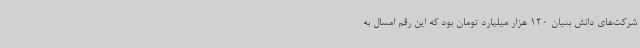
شرکت‌های دانش بنیان 120 هزار میلیارد تومان بود که این رقم امسال به